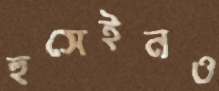
হুসেইনও